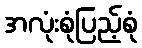
အလုံးစုံပြည့်စုံ